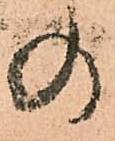
の